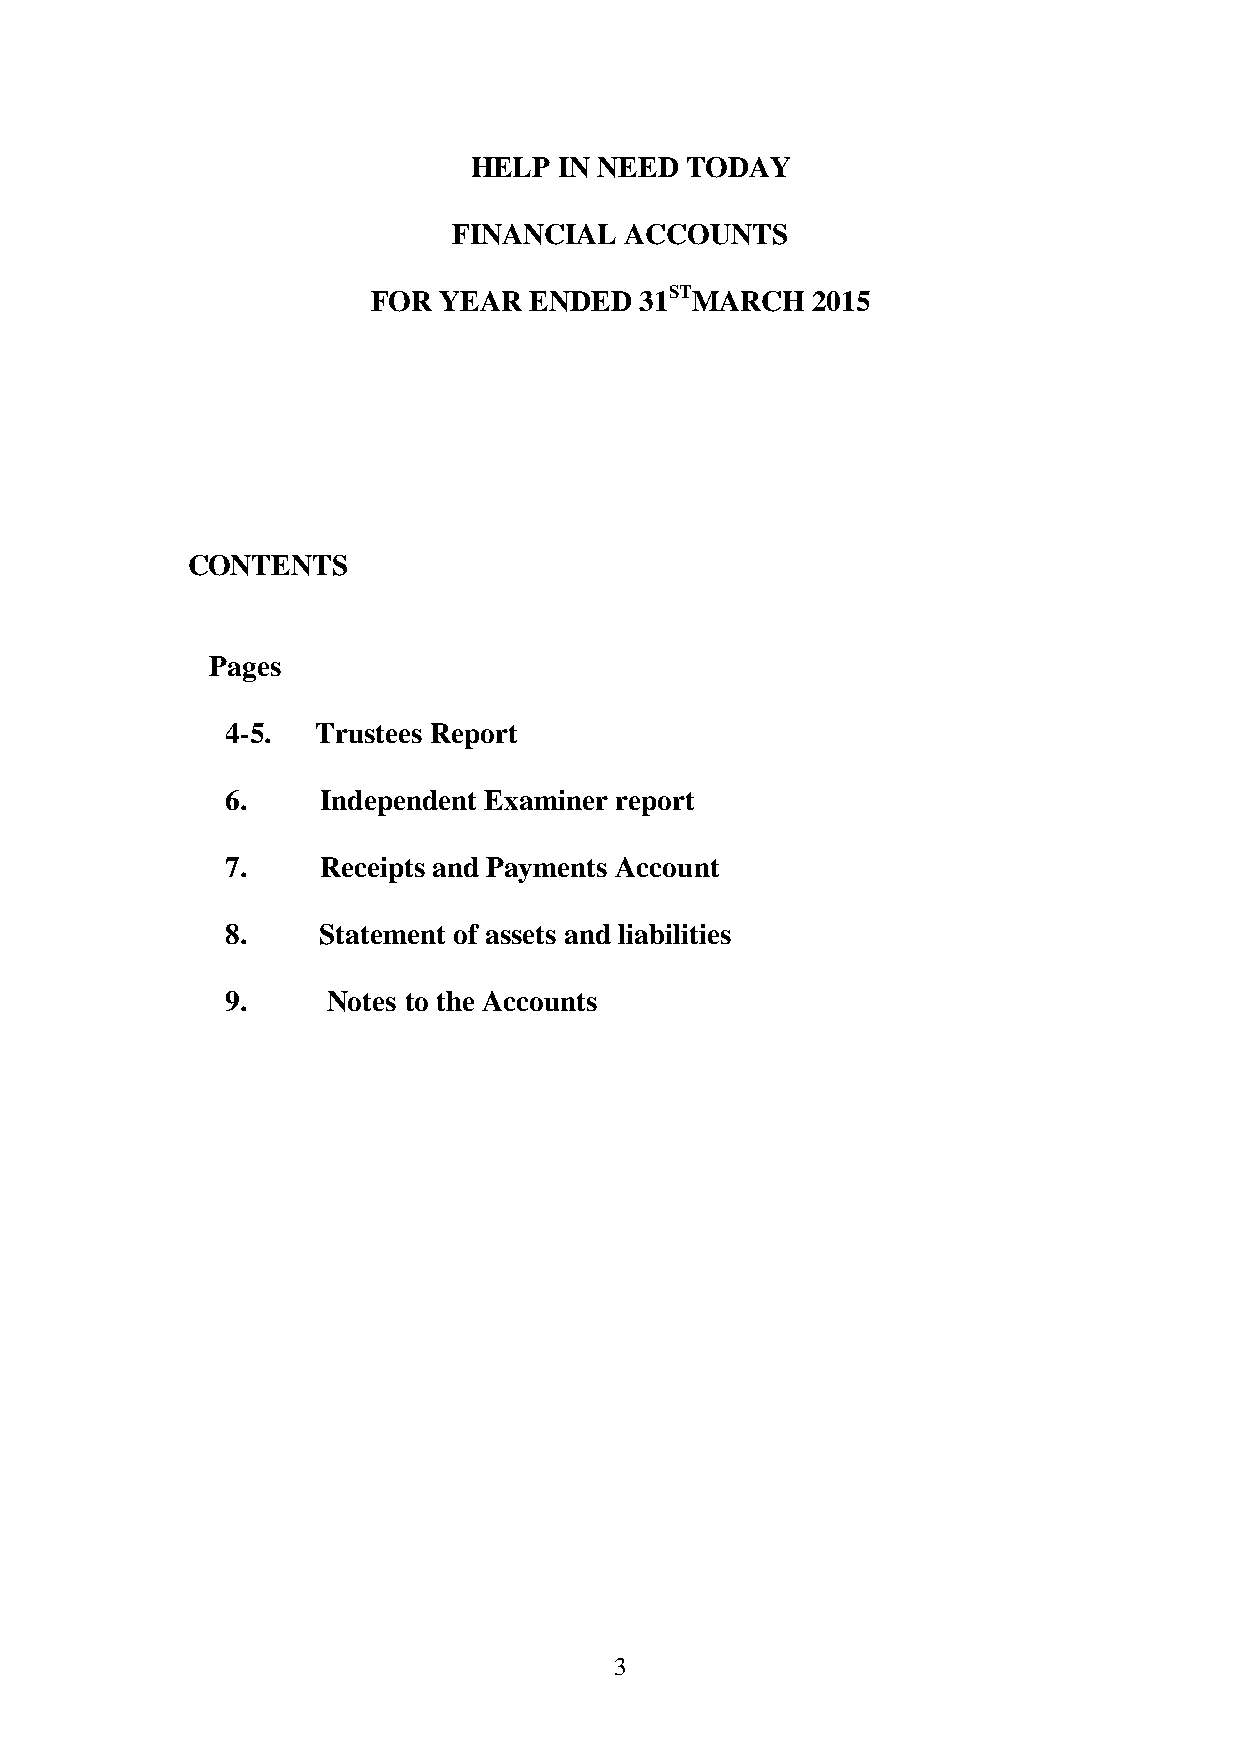
HELP  IN NEED TODAY
 FINANCIAL  ACCOUNTS
 FOR YEAR  ENDED  31STMARCH   2015
 CONTENTS
 Pages
 4-5.  Trustees Report
 6.    Independent Examiner report
 7.    Receipts and Payments Account
 8.    Statement of assets and liabilities
 9.     Notes to the Accounts
 3